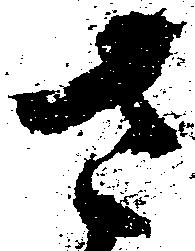
さ